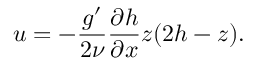
u = - \frac { g ^ { \prime } } { 2 \nu } \frac { \partial h } { \partial x } z ( 2 h - z ) .